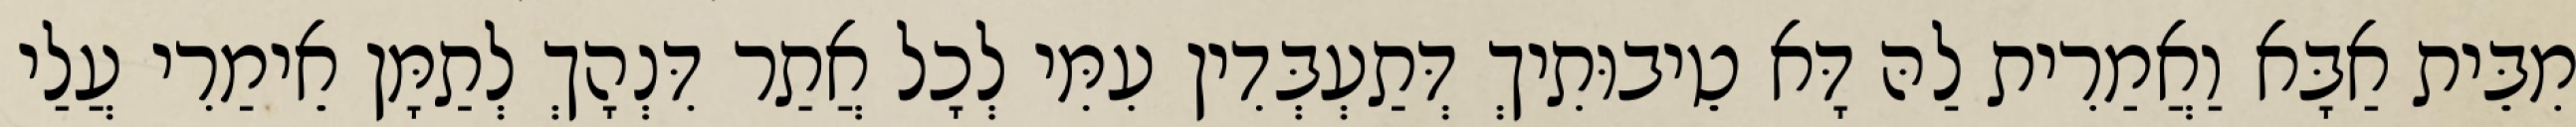
מִבֵּית אַבָּא וַאֲמַרִית לַהּ דָּא טֵיבוּתִיךְ דְּתַעְבְּדִין עִמִּי לְכָל אֲתַר דִּנְהָךְ לְתַמָּן אֵימַרִי עֲלַי